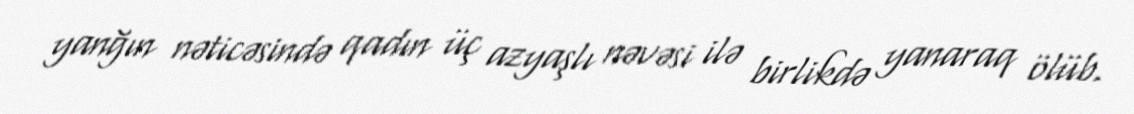
yanğın nəticəsində qadın üç azyaşlı nəvəsi ilə birlikdə yanaraq ölüb.